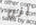
انه